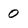
Character: 0